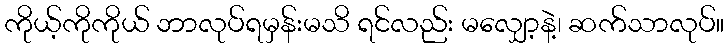
ကိုယ့်ကိုကိုယ် ဘာလုပ်ရမှန်းမသိ ရင်လည်း မလျှော့နဲ့၊ ဆက်သာလုပ်။